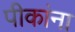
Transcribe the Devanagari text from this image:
पीकांना